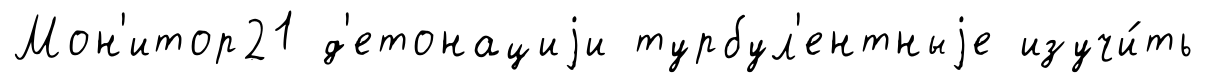
Мон'итор21 д'етонациjи турбул'ентныjе изучи́ть